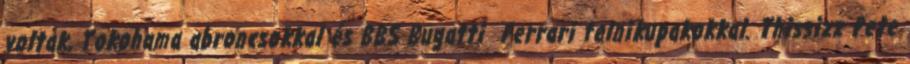
voltak, Yokohama abroncsokkal és BBS Bugatti Ferrari felnikupakokkal. Thissizz Pete